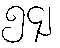
၅၄၂